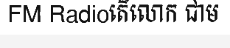
FM Radioតើលោក ជាម